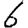
Digit: 6